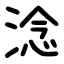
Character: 淰